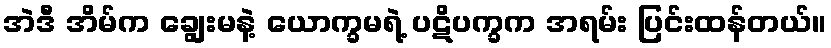
အဲဒီ အိမ်က ချွေးမနဲ့ ယောက္ခမရဲ့ ပဋိပက္ခက အရမ်း ပြင်းထန်တယ်။